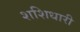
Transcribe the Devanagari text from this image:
शशिधारी